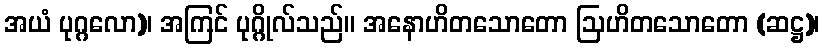
အယံ ပုဂ္ဂလော)၊ အကြင် ပုဂ္ဂိုလ်သည်။ အနောဟိတသောတော ဩဟိတသောတော (ဆဋ္ဌ)၊